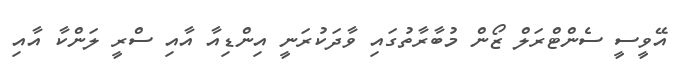
އޭވީސީ ސެންޓްރަލް ޒޯން މުބާރާތުގައި ވާދަކުރަނީ އިންޑިއާ އާއި ސްރީ ލަންކާ އާއި